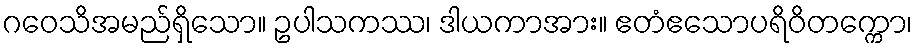
ဂဝေသိအမည်ရှိသော။ ဥပါသကဿ၊ ဒါယကာအား။ ဧတံဧသောပရိဝိတက္ကော၊